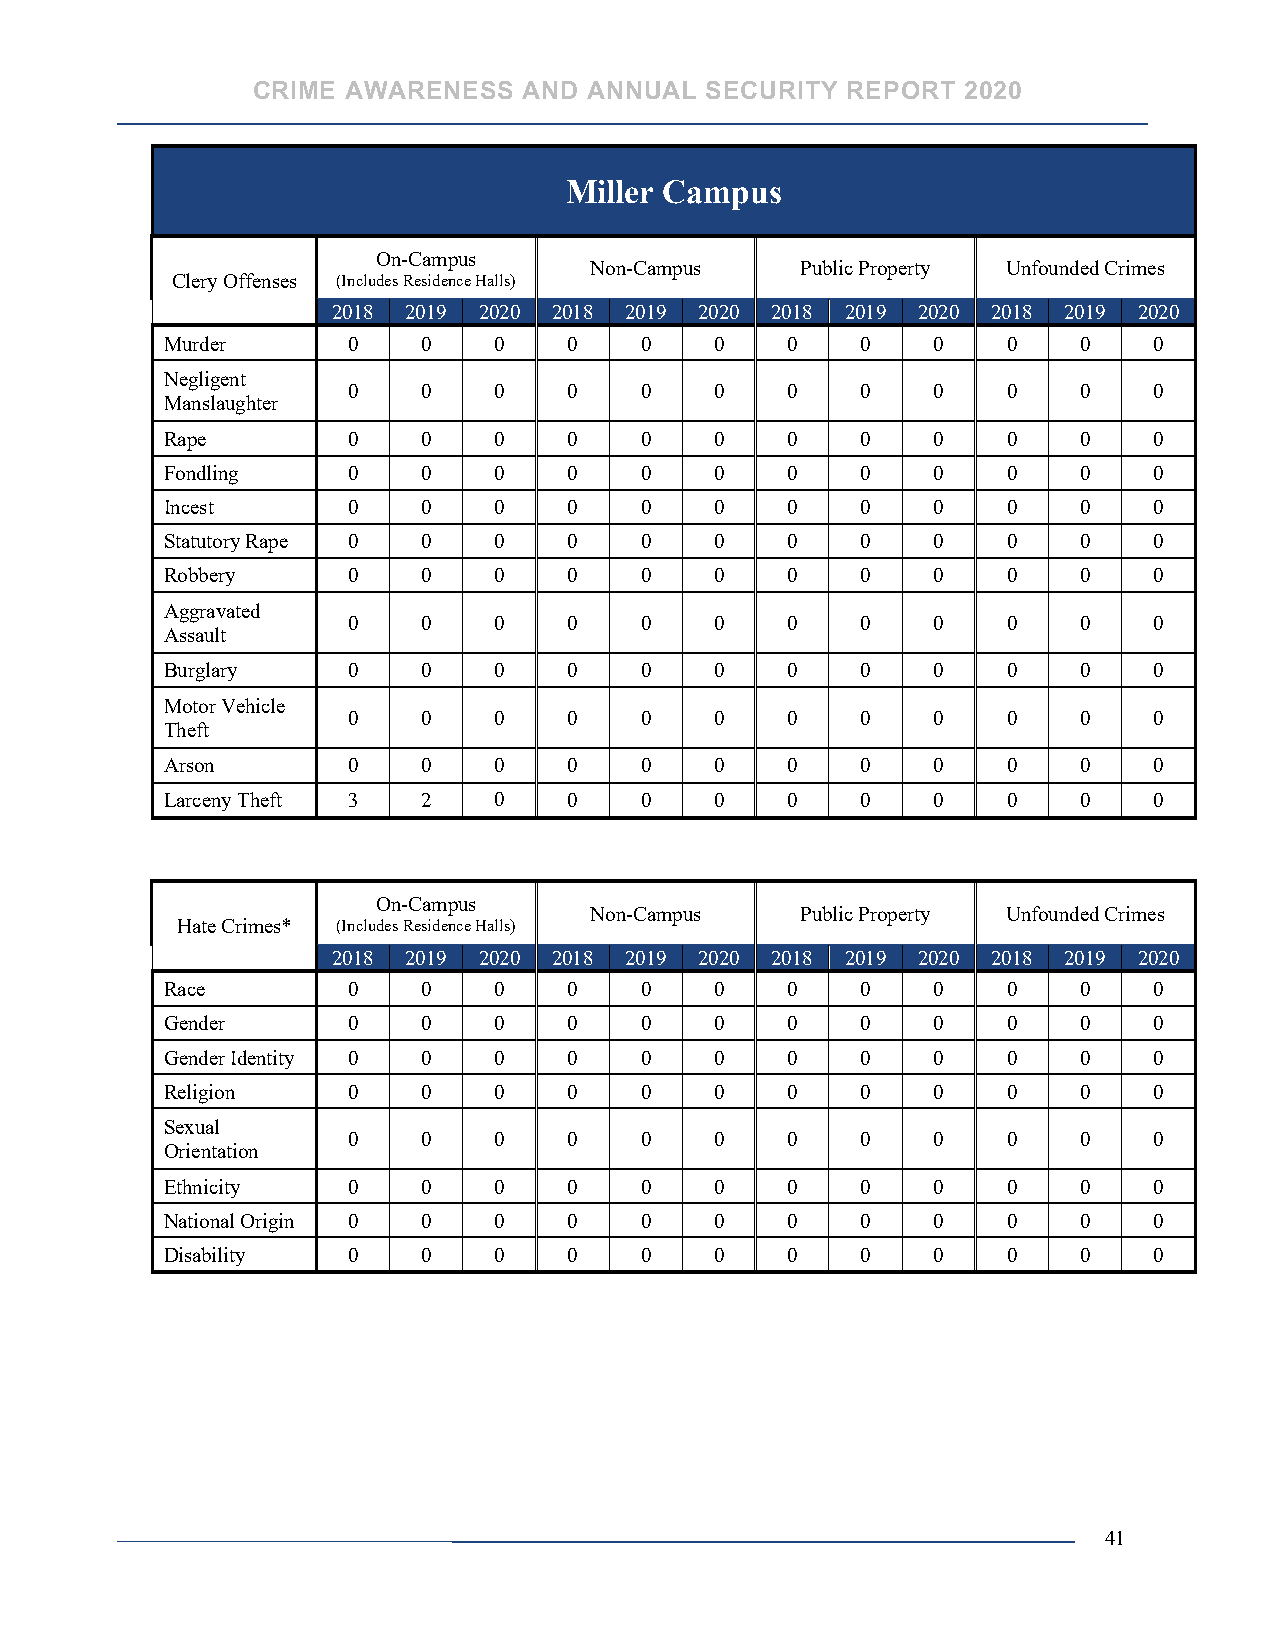
CRIME AWARENESS   AND ANNUAL  SECURITY REPORT  2020
 Miller Campus
 On-Campus
 Non-Campus    Public Property Unfounded Crimes
 Clery Offenses (Includes Residence Halls)
 2018 2019 2020 2018 2019 2020 2018 2019 2020 2018 2019 2020
 Murder      0    0    0    0   0    0    0    0    0    0   0    0
 Negligent
 0    0    0    0   0    0    0    0    0    0   0    0
 Manslaughter
 Rape        0    0    0    0   0    0    0    0    0    0   0    0
 Fondling    0    0    0    0   0    0    0    0    0    0   0    0
 Incest      0    0    0    0   0    0    0    0    0    0   0    0
 Statutory Rape 0 0    0    0   0    0    0    0    0    0   0    0
 Robbery     0    0    0    0   0    0    0    0    0    0   0    0
 Aggravated
 0    0    0    0   0    0    0    0    0    0   0    0
 Assault
 Burglary    0    0    0    0   0    0    0    0    0    0   0    0
 Motor Vehicle
 0    0    0    0   0    0    0    0    0    0   0    0
 Theft
 Arson       0    0    0    0   0    0    0    0    0    0   0    0
 Larceny Theft 3  2    0    0   0    0    0    0    0    0   0    0
 On-Campus
 Non-Campus    Public Property Unfounded Crimes
 Hate Crimes* (Includes Residence Halls)
 2018 2019 2020 2018 2019 2020 2018 2019 2020 2018 2019 2020
 Race        0    0    0    0   0    0    0    0    0    0   0    0
 Gender      0    0    0    0   0    0    0    0    0    0   0    0
 Gender Identity 0 0   0    0   0    0    0    0    0    0   0    0
 Religion    0    0    0    0   0    0    0    0    0    0   0    0
 Sexual
 0    0    0    0   0    0    0    0    0    0   0    0
 Orientation
 Ethnicity   0    0    0    0   0    0    0    0    0    0   0    0
 National Origin 0 0   0    0   0    0    0    0    0    0   0    0
 Disability  0    0    0    0   0    0    0    0    0    0   0    0
 41